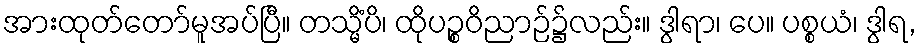
အားထုတ်တော်မူအပ်ပြီ။ တသ္မိံပိ၊ ထိုပဉ္စဝိညာဉ်၌လည်း။ ဒွါရာ၊ ပေ။ ပစ္စယံ၊ ဒွါရ,